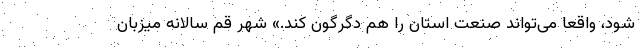
شود، واقعا می‌تواند صنعت استان را هم دگرگون کند.» شهر قم سالانه میزبان